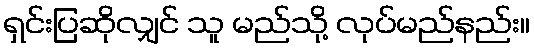
ရှင်းပြဆိုလျှင် သူ မည်သို့ လုပ်မည်နည်း။